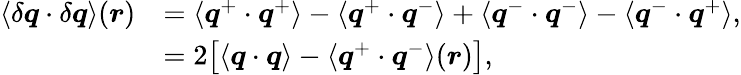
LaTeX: \begin{array}{rl}{\langle\delta\boldsymbol{q}\cdot\delta\boldsymbol{q}\rangle(\boldsymbol{r})}&{=\langle\boldsymbol{q}^{+}\cdot\boldsymbol{q}^{+}\rangle-\langle\boldsymbol{q}^{+}\cdot\boldsymbol{q}^{-}\rangle+\langle\boldsymbol{q}^{-}\cdot\boldsymbol{q}^{-}\rangle-\langle\boldsymbol{q}^{-}\cdot\boldsymbol{q}^{+}\rangle,}\\ &{=2\big[\langle\boldsymbol{q}\cdot\boldsymbol{q}\rangle-\langle\boldsymbol{q}^{+}\cdot\boldsymbol{q}^{-}\rangle(\boldsymbol{r})\big],}\end{array}